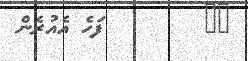
١٤        ފަހެ އެއުރެން